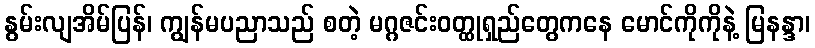
နွမ်းလျအိမ်ပြန်၊ ကျွန်မပညာသည် စတဲ့ မဂ္ဂဇင်းဝတ္ထုရှည်တွေကနေ မောင်ကိုကိုနဲ့ မြနန္ဒာ၊